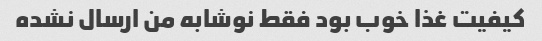
کیفیت غذا خوب بود فقط نوشابه من ارسال نشده